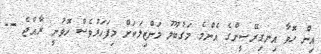
އިން ހޮވާ އިނގިރޭސީންގެ އެންމެ މަގުބޫލު މަންޒިލަކަށް މިފަހަރުވެސް ހޮވުނީ ރާއްޖެ --